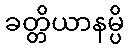
ခတ္တိယာနမ္ပိ